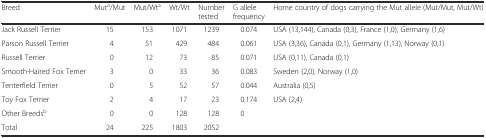
<table><thead><tr><td><b>Breed</b></td><td><b>Mut<sup>a</sup>/Mut</b></td><td><b>Mut/Wt<sup>a</sup></b></td><td><b>Wt/Wt</b></td><td><b>Number tested</b></td><td><b>G allele frequency</b></td><td><b>Home country of dogs carrying the Mut allele (Mut/Mut, Mut/Wt)</b></td></tr></thead><tbody><tr><td>Jack Russell Terrier</td><td>15</td><td>153</td><td>1071</td><td>1239</td><td>0.074</td><td>USA (13,144), Canada (0,3), France (1,0), Germany (1,6)</td></tr><tr><td>Parson Russell Terrier</td><td>4</td><td>51</td><td>429</td><td>484</td><td>0.061</td><td>USA (3,36), Canada (0,1), Germany (1,13), Norway (0,1)</td></tr><tr><td>Russell Terrier</td><td>0</td><td>12</td><td>73</td><td>85</td><td>0.071</td><td>USA (0,11), Canada (0,1)</td></tr><tr><td>Smooth-Haired Fox Terrier</td><td>3</td><td>0</td><td>33</td><td>36</td><td>0.083</td><td>Sweden (2,0), Norway (1,0)</td></tr><tr><td>Tenterfield Terrier</td><td>0</td><td>5</td><td>52</td><td>57</td><td>0.044</td><td>Australia (0,5)</td></tr><tr><td>Toy Fox Terrier</td><td>2</td><td>4</td><td>17</td><td>23</td><td>0.174</td><td>USA (2,4)</td></tr><tr><td>Other Breeds<sup>b</sup></td><td>0</td><td>0</td><td>128</td><td>128</td><td>0</td><td></td></tr><tr><td>Total</td><td>24</td><td>225</td><td>1803</td><td>2052</td><td></td><td></td></tr></tbody></table>